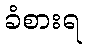
ခံစားရ